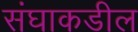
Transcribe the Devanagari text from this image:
संघाकडील